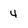
Character: 4